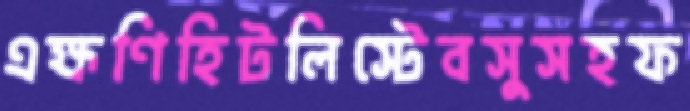
এক্ষণিহিটলিস্টেবসুসহফ